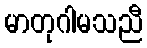
မာတုဂါမသညီ